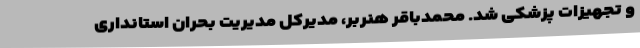
و تجهیزات پزشکی شد. محمدباقر هنربر، مدیرکل مدیریت بحران استانداری